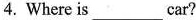
4.Where is ___ car?